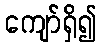
ကျော်ရှိ၍